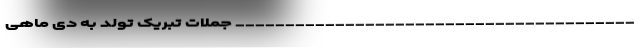
________________________________________ جملات تبریک تولد به دی ماهی